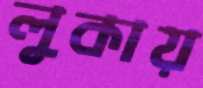
লুকায়